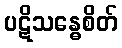
ပဋိသန္ဓေစိတ်